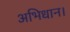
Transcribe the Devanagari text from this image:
अभिधान।